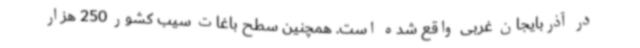
در آذربایجان غربی واقع شده است. همچنین سطح باغات سیب کشور 250 هزار